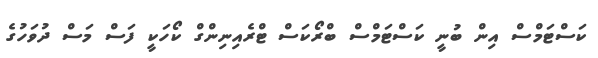
ކަސްޓަމްސް އިން ބުނީ ކަސްޓަމްސް ބްރޯކަސް ޓްރެއިނިންގް ކޯހަކީ ފަސް މަސް ދުވަހުގެ